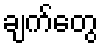
ချက်တွေ